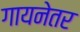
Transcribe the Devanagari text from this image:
गायनेतर